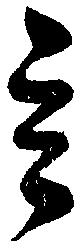
玄